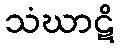
သံဃာဋိ